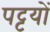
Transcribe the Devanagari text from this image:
पट्टयों